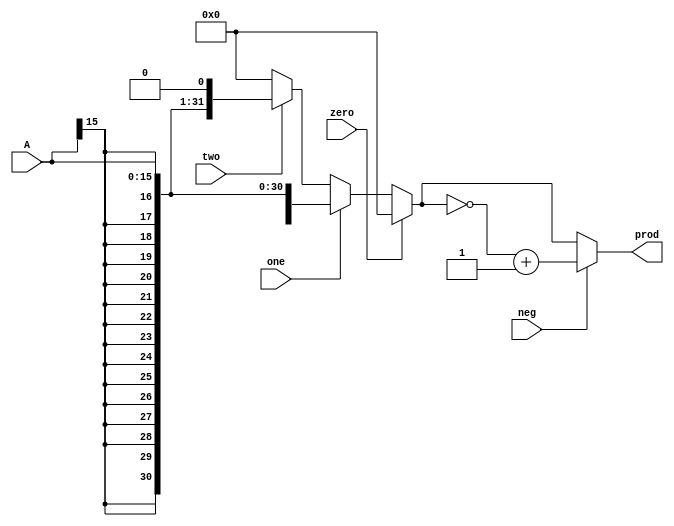
//Function	: 
//read more, please refer to wechat public account "zhishangtanxin"
module gen_prod (
	input [15:0] A,
	input neg,
	input zero,
	input one,
	input two,
	output [31:0] prod
);

reg [31:0] prod_pre;

always @ (*) begin
	prod_pre = 32'd0;
	if (zero)
		prod_pre = 32'd0;
	else if (one)
		prod_pre = { { 16{A[15]} }, A};
	else if (two)
		prod_pre = { { 15{A[15]} }, A, 1'b0};
end

assign prod = neg ? ( ~prod_pre+1'b1 ) : prod_pre;
		
endmodule